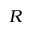
R